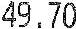
49.70